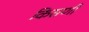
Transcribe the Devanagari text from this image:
किसणी